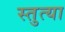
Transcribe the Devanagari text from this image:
स्तुत्या